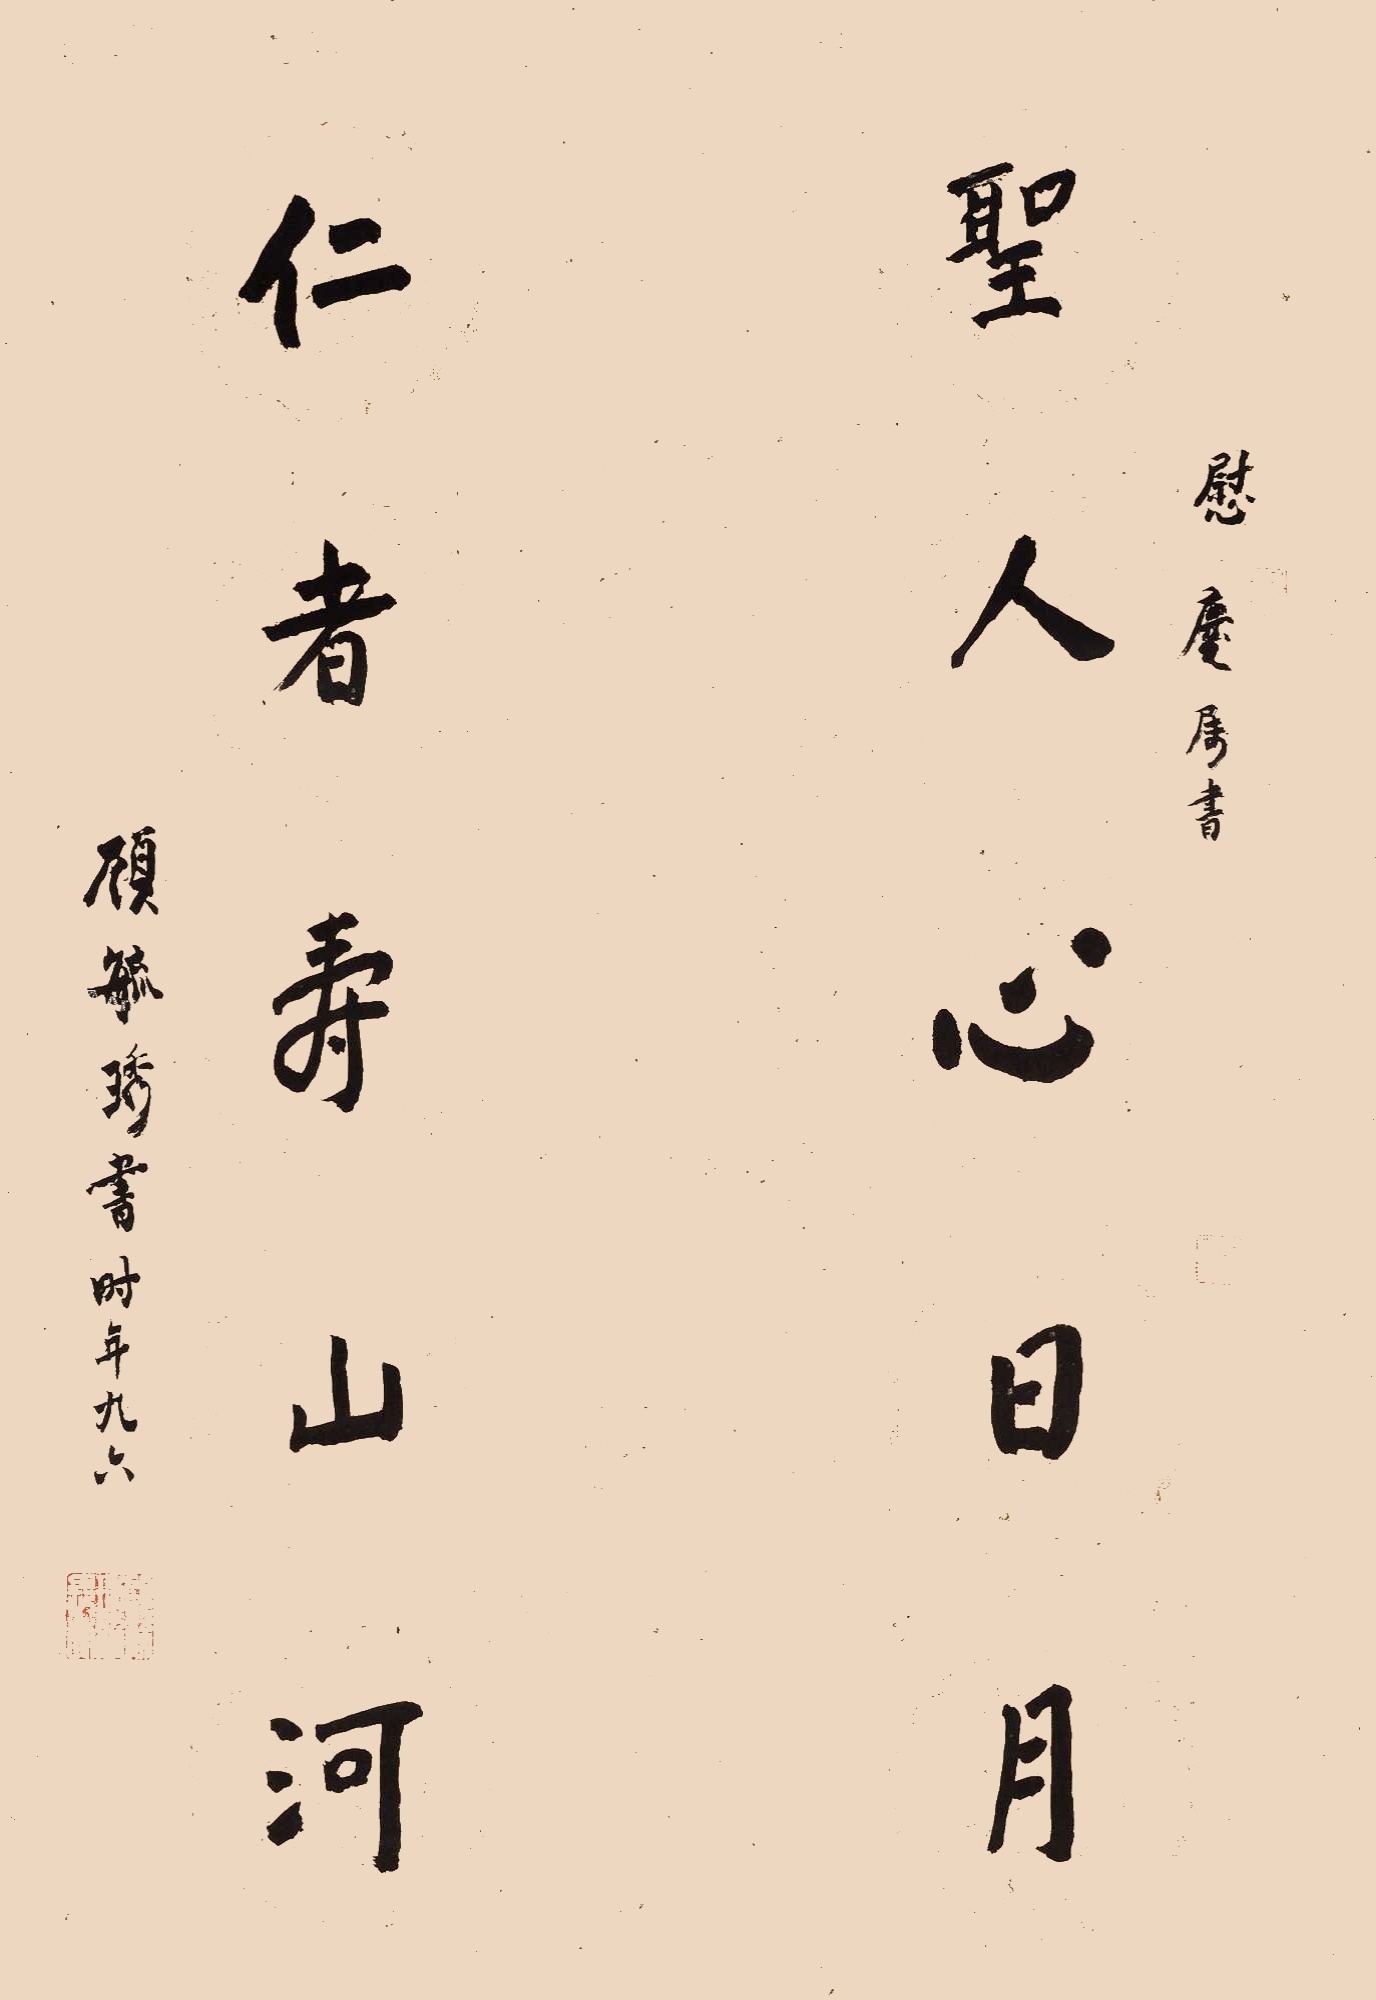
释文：圣人心日月。仁者寿山河。慰庵属书/顾毓琇书时年九六